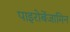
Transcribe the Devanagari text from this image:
पाइरोबेंजामिन